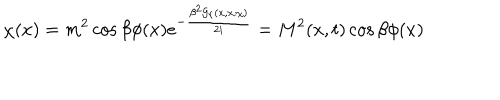
\chi ( x ) = m ^ { 2 } \cos \beta \phi ( x ) e ^ { - \frac { \beta ^ { 2 } { \cal G } _ { r } ( x , x ; \chi ) } { 2 i } } = M ^ { 2 } ( x , t ) \cos \beta \phi ( x )